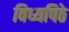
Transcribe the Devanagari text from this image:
विध्यपिठे